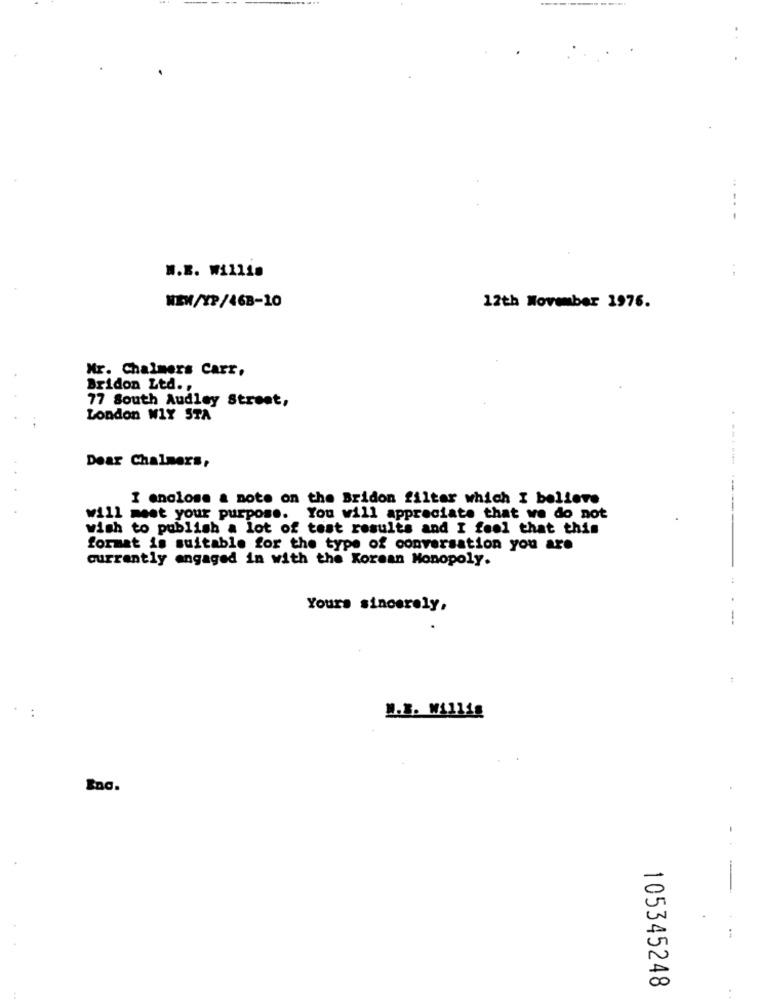
-----
W.B. Willie
NEW/XP/468-10
12th November 1976.
Mr. Chalmers Carr,
Bridon Ltd. ,
77 South Audley Street,
London WIY STA
Dear Chalmers,
I enclose a note on the Bridon filter which I believe
will meet your purpose. You will appreciate that we do not
Wish to publish a lot of test results and I feel that this
format is suitable for the type of conversation you are
currently engaged in with the Korean Monopoly.
:
Yours sincerely,
M.B. Willig
Inc.
105345248